Medical and sanitary report of the native army of Bengal for the year
Year: 1874
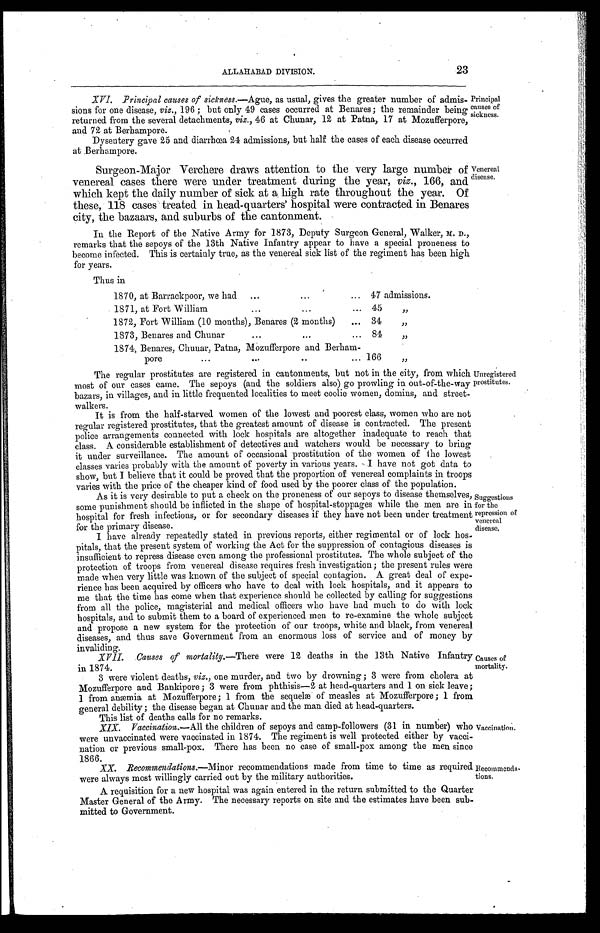
ALLAHABAD DIVISION.23
XVI. Principal causes of sickness .—Ague, as usual, gives the greater number of admis
-sions for one disease, viz., 196; but only 49 cases occurred at Benares; the remainder being
returned from the several detachments, viz., 46 at Chunar, 12 at Patna, 17 at Mozufferpore,
and 72 at Berhampore.
Dysentery gave 25 and diarrhœa 24 admissions, but half the cases of each disease occurred
at Berhampore.
Principal
causes of
sickness.
Surgeon-Major Verchere draws attention to the very large number of
venereal cases there were under treatment during the year, viz., 166, and
which kept the daily number of sick at a high rate throughout the year. Of
these, 118 cases treated in head-quarters' hospital were contracted in Benares
city, the bazaars, and suburbs of the cantonment.
In the Report of the Native Army for 1873, Deputy Surgeon General, Walker, M. D.,
remarks that the sepoys of the 13th Native Infantry appear to have a special proneness to
become infected. This is certainly true, as the venereal sick list of the regiment has been high
for years.
Venereal
disease.
Thus in
1870, at Barrackpoor, we had . . . 47 admissions.
1871, at Fort William . . . 45 "
1872, Fort William (10 months), Benares (2 months) . . . 34 "
1873, Benares and Chunar . . . 84 "
1874, Benares, Chunar, Patna, Mozufferpore and Berham-
pore
.
.
. 166 "
The regular prostitutes are registered in cantonments, but not in the city, from which
most of our cases came. The sepoys (and the soldiers also) go prowling in out-of-the-way
bazars, in villages, and in little frequented localities to meet coolie women, domins, and street
-walkers.
It is from the half-starved women of the lowest and poorest class, women who are not
regular registered prostitutes, that the greatest amount of disease is contracted. The present
police arrangements connected with lock hospitals are altogether inadequate to reach that
class. A considerable establishment of detectives and watchers would be necessary to bring
it under surveillance. The amount of occasional prostitution of the women of the lowest
classes varies probably with the amount of poverty in various years. I have not got data to
show, but I believe that it could be proved that the proportion of venereal complaints in troops
varies with the price of the cheaper kind of food used by the poorer class of the population.
Unregistered
prostitutes.
As it is very desirable to put a neck on the proneness or our sepoys to disease themselves,
some punishment should be inflicted in the shape of hospital-stoppages while the men are in
hospital for fresh infectious, or for secondary diseases if they have not been under treatment
for the primary disease.
I have already repeatedly stated in previous reports, either regimental or of lock hos
-pitals, that the present system of working the Act for the suppression of contagious diseases is
insufficient to repress disease even among the professional prostitutes. The whole subject of the
protection of troops from venereal disease requires fresh investigation; the present rules were
made when very little was known of the subject of special contagion. A great deal of expe
-rience has been acquired by officers who have to deal with lock hospitals, and it appears to
me that the time has come when that experience should be collected by calling for suggestions
from all the police, magisterial and medical officers who have had much to do with lock
hospitals, and to submit them to a board of experienced men to re-examine the whole subject
and propose a new system for the protection of our troops, white and black, from venereal
diseases, and thus save Government from an enormous loss of service and of money by
invaliding.
XVII. Causes of mortality.—There were 12 deaths in the 13th Native Infantry
in 1874.
3 were violent deaths, viz., one murder, and two by drowning; 3 were from cholera at
Mozufferpore and Bankipore; 3 were from phthisis—2 at head-quarters and 1 on sick leave;
1 from anæmia at Mozufferpore; 1 from the sequelæ of measles at Mozufferpore; 1 from
general debility; the disease began at Chunar and the man died at head-quarters.
This list of deaths calls for no remarks.
XIX. Vaccination .—All the children of sepoys and camp-followers (31 in number) who
were unvaccinated were vaccinated in 1874. The regiment is well protected either by vacci
-nation or previous small-pox. There has been no case of small-pox among the men since
1866.
Suggestions
for the
repression of
venereal
disease.
Causes of
mortality.
Vaccination.
XX. Recommendations .—Minor recommendations made from time to time as required
were always most willingly carried out by the military authorities.
A requisition for a new hospital was again entered in the return submitted to the Quarter
Master General of the Army. The necessary reports on site and the estimates have been sub
-mitted to Government.
Recommenda
-tions.